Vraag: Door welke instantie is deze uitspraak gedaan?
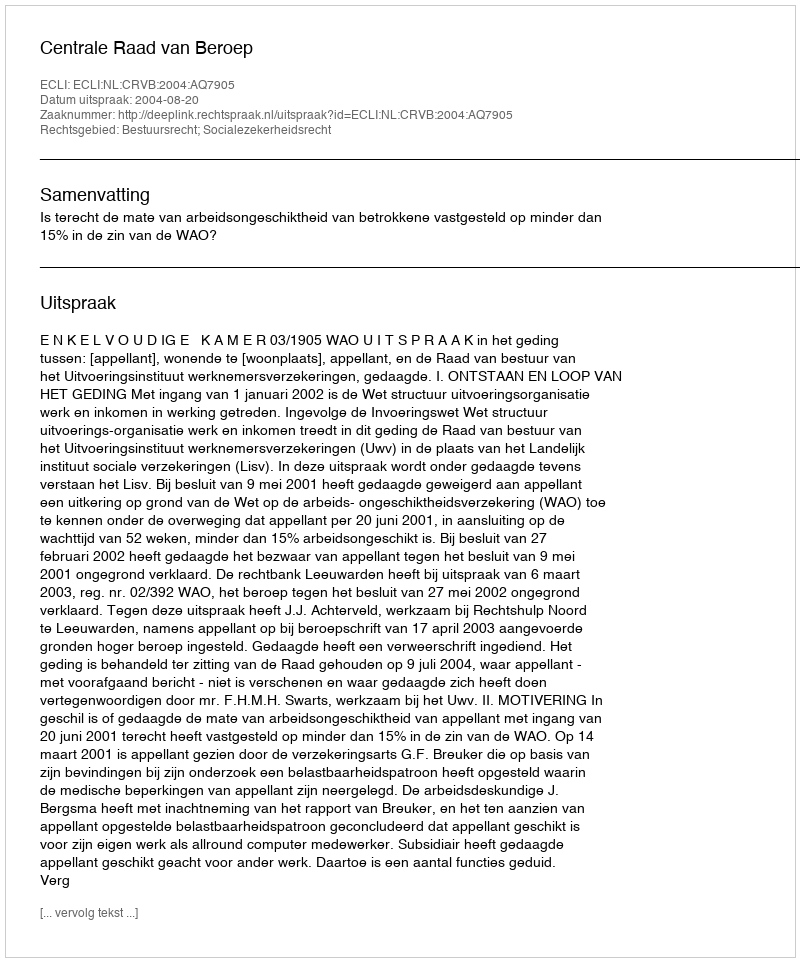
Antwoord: Centrale Raad van Beroep